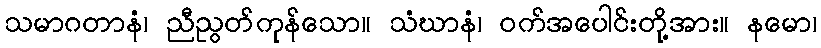
သမာဂတာနံ၊ ညီညွတ်ကုန်သော။ သံဃာနံ၊ ဝက်အပေါင်းတို့အား။ နမော၊